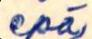
epä